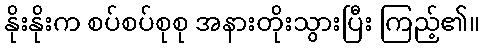
နိုးနိုးက စပ်စပ်စုစု အနားတိုးသွားပြီး ကြည့်၏။